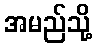
အမည်သို့